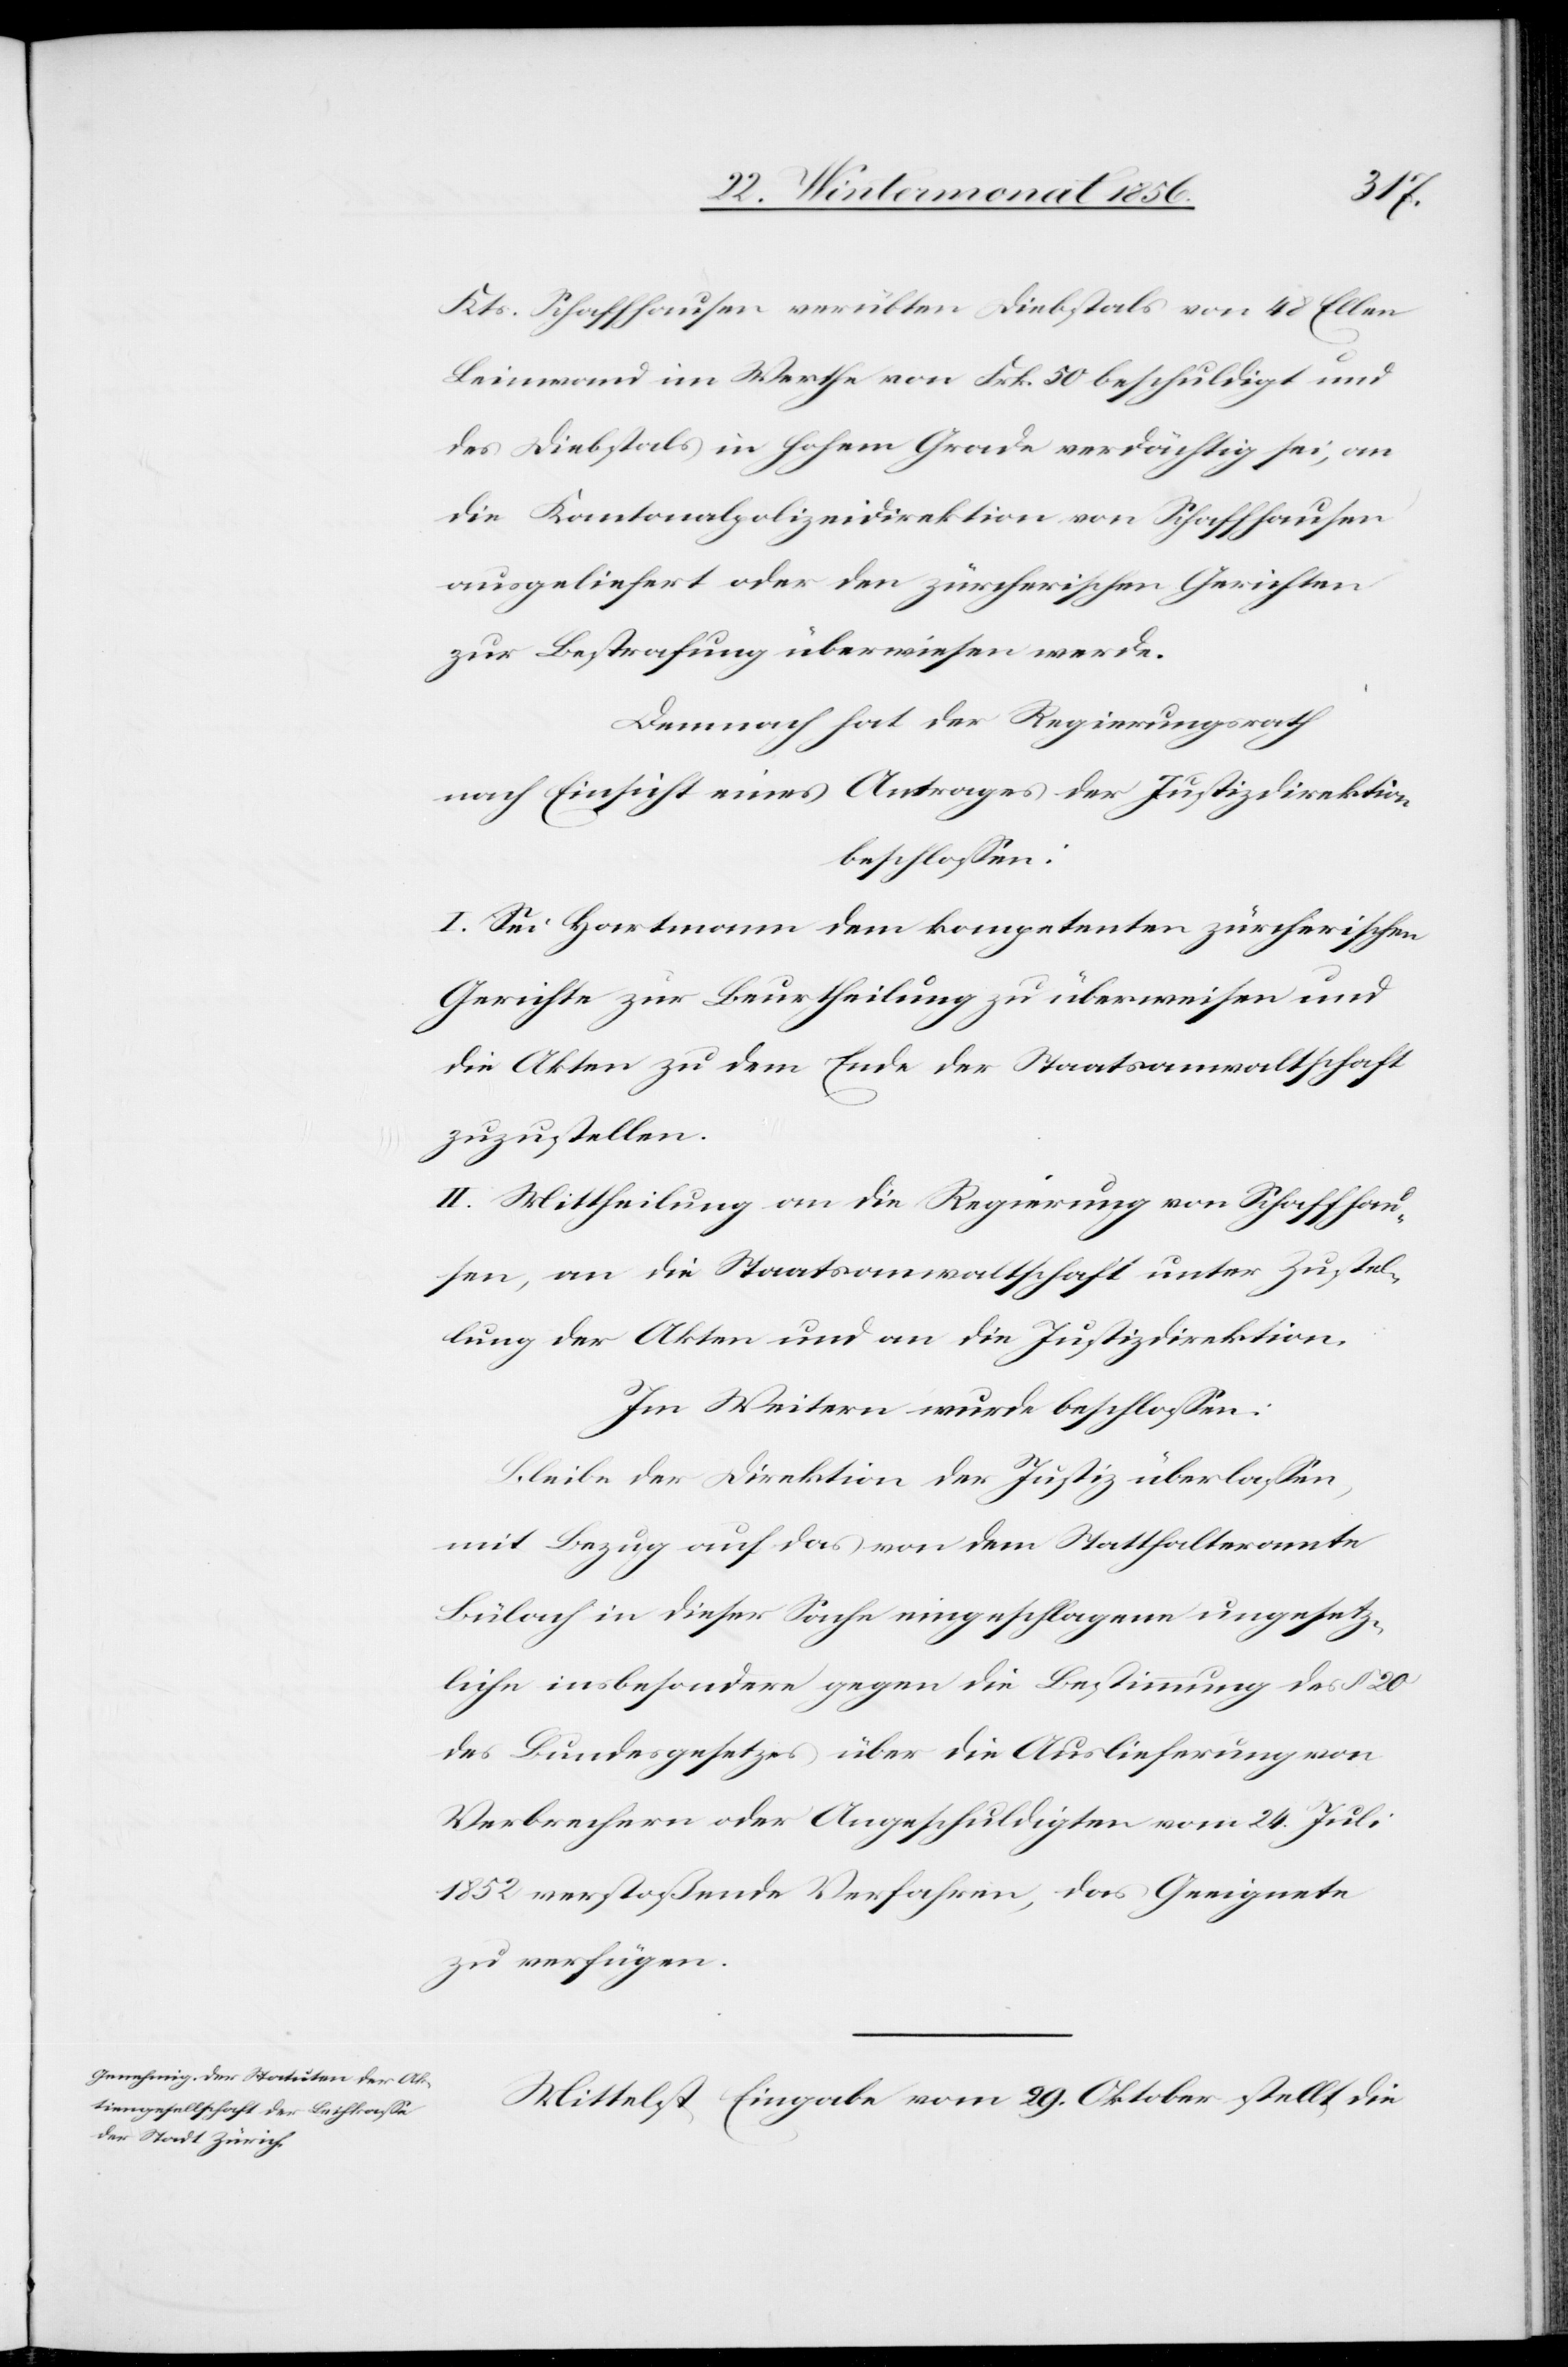
Kts. Schaffhausen verübten Diebstals von 48 Ellen
Leinwand im Werthe von Frk. 50 beschuldigt und
des Diebstals in hohem Grade verdächtig sei, an
die Kantonalpolizeidirektion von Schaffhausen
ausgeliefert oder den zürcherischen Gerichten
zur Bestrafung überwiesen werde.
Demnach hat der Regierungsrath
nach Einsicht eines Antrages der Justizdirektion
beschlossen:
I. Sei Hartmann dem kompetenten zürcherischen
Gerichte zur Beurtheilung zu überweisen und
die Akten zu dem Ende der Staatsanwaltschaft
zuzustellen.
II. Mittheilung an die Regierung von Schaffhau¬
sen, an die Staatsanwaltschaft unter Zustel¬
lung der Akten und an die Justizdirektion.
Im Weitern wurde beschlossen:
Bleibe der Direktion der Justiz überlassen,
mit Bezug auf das von dem Statthalteramte
Bülach in dieser Sache eingeschlagene ungesetz¬
liche insbesondere gegen die Bestimmung des § 20
des Bundesgesetzes über die Auslieferung von
Verbrechern oder Angeschuldigten vom 24. Juli
1852 verstoßende Verfahren, das Geeignete
zu verfügen.
Mittelst Eingabe vom 29. Oktober stellt die